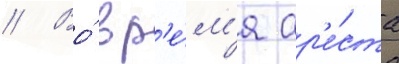
// Во́ вр'е́м'я ар'е́ста